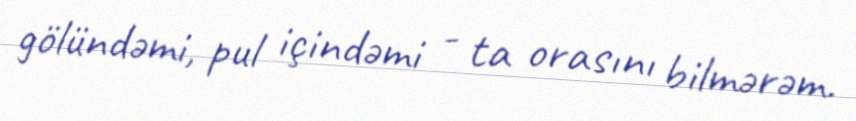
gölündəmi, pul içindəmi - ta orasını bilmərəm.